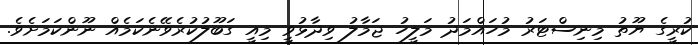
ކުރީގެ ޔޫތު މިނިސްޓަރު މުހައްމަދު މަލީހު ޖަމާލު ވިދާޅުވީ މިއީ ގަބޫލުކުރެވޭނެކަމެއް ނޫންކަމަށެވެ.